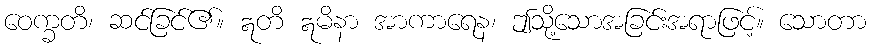
ဝေက္ခတိ၊ ဆင်ခြင်၏။ ဣတိ ဣမိနာ အာကာရေန၊ ဤသို့သောအခြင်းအရာဖြင့်။ သောတာ